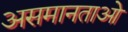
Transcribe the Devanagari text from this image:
असमानताओ